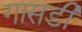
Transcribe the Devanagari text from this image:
गासडी